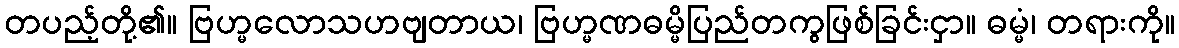
တပည့်တို့၏။ ဗြဟ္မလောသဟဗျတာယ၊ ဗြဟ္မဏဓမ္မိပြည်တကွဖြစ်ခြင်းငှာ။ ဓမ္မံ၊ တရားကို။